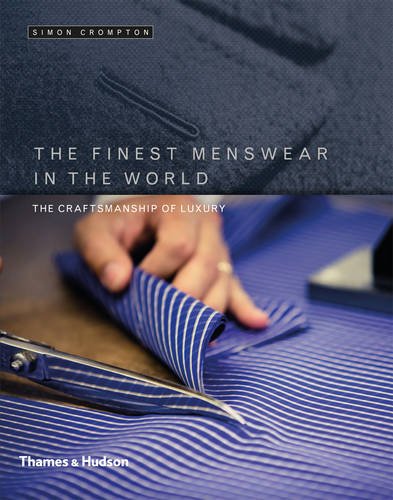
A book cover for The Finest Menswear in the World: The Craftsmanship of Luxury; Simon Crompton; Health, Fitness & Dieting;